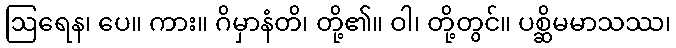
ဩရေန၊ ပေ။ ကား။ ဂိမှာနံတိ၊ တို့၏။ ဝါ၊ တို့တွင်။ ပစ္ဆိမမာသဿ၊